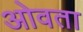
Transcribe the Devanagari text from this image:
ओवता